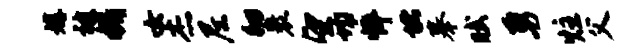
媾被媚女杰尼徊裹望均悴堵摹赋勇炷父